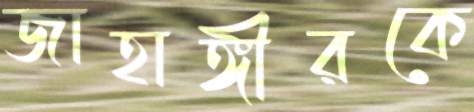
জাহাঙ্গীরকে